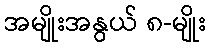
အမျိုးအနွယ် ၈-မျိုး